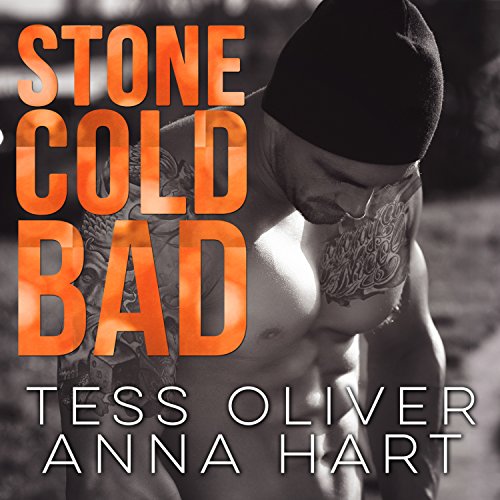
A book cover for Stone Cold Bad: Stone Brothers Series #1; Anna Hart; Romance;